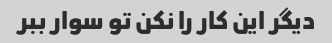
دیگر این کار را نکن تو سوار ببر